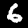
Label: 6